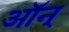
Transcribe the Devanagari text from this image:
ऑन्